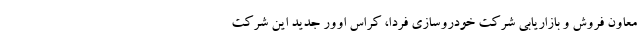
معاون فروش و بازاریابی شرکت خودروسازی فردا، کراس اوور جدید این شرکت